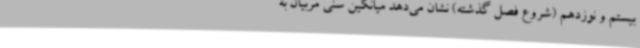
بیستم و نوزدهم (شروع فصل گذشته) نشان می‌دهد میانگین سنی مربیان به